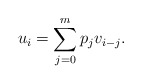
\begin{align*} u_i = \sum_{j=0}^m p_j v_{i-j}.\end{align*}